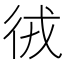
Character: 㣝